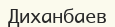
Диханбаев